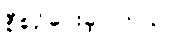
စီစဉ်ပေးခဲ့ပါတယ်။